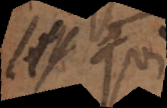
voix qui